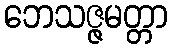
ဘေသဇ္ဇမတ္တာ